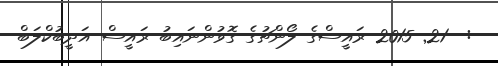
:  21